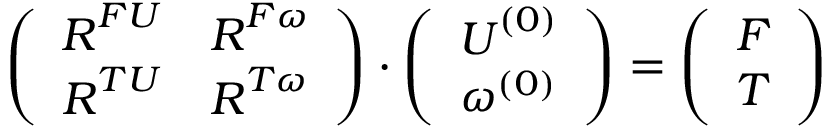
\left( \begin{array} { c c } { \boldsymbol { R } ^ { F U } } & { \boldsymbol { R } ^ { F \omega } } \\ { \boldsymbol { R } ^ { T U } } & { \boldsymbol { R } ^ { T \omega } } \end{array} \right) \cdot \left( \begin{array} { c } { \boldsymbol { U } ^ { ( 0 ) } } \\ { \omega ^ { ( 0 ) } } \end{array} \right) = \left( \begin{array} { c } { \boldsymbol { F } } \\ { \boldsymbol { T } } \end{array} \right)